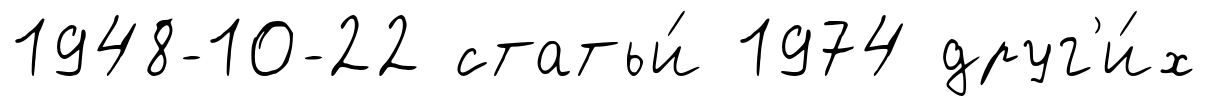
1948-10-22 статьи́ 1974 друг'и́х